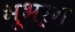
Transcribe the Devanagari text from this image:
भूभर्ग